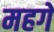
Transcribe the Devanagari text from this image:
महगें